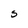
Character: S